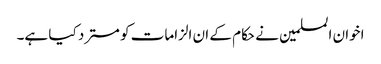
اخوان المسلمین نے حکام کے ان الزامات کو مسترد کیا ہے۔